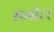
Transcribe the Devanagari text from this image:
स्प्लीटर